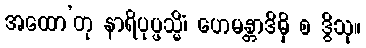
အထော’တု နာရိပုပ္ဖသ္မိံ၊ ဟေမန္တာဒိမှိ စ ဒွိသု။